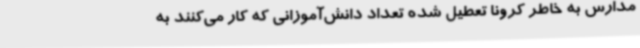
مدارس به خاطر کرونا تعطیل شده تعداد دانش‌آموزانی که کار می‌کنند به